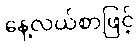
နေ့လယ်စာဖြင့်